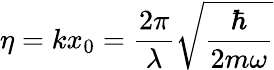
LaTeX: \eta=kx_{0}=\frac{2\pi}{\lambda}\sqrt{\frac{\hbar}{2m\omega}}